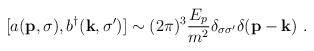
LaTeX: \begin{align*}[a ({\bf p},\sigma ) ,b^\dagger ({\bf k},\sigma^\prime ) ] \sim (2\pi)^3 {E_p\over m^2}\delta_{\sigma\sigma^\prime} \delta ({\bf p} - {\bf k}) \,\, .\end{align*}